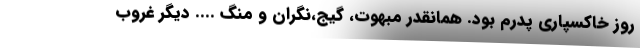
روز خاکسپاری پدرم بود. همانقدر مبهوت، گیج،نگران و منگ .... دیگر غروب